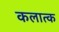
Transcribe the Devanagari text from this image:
कलात्क